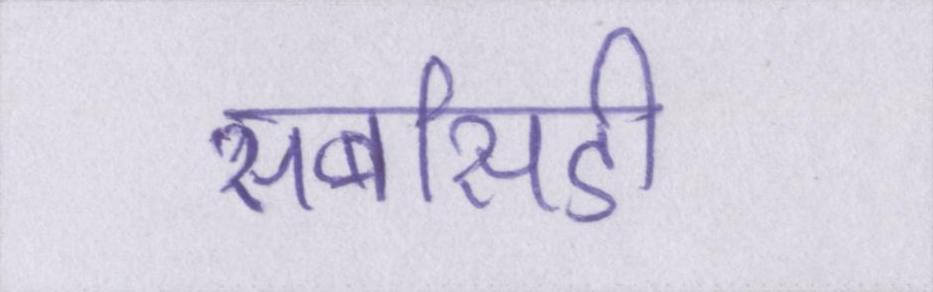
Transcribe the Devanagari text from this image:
सबसिडी